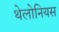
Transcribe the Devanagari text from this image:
थेलोनियस